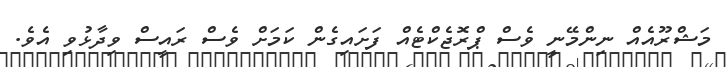
މަޝްރޫއެއް ނިންމޭނީ ވެސް ޕްރޮޖެކްޓެއް ފަށައިގެން ކަމަށް ވެސް ރައީސް ވިދާޅުވި އެވެ.